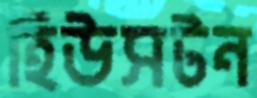
হিউসটন